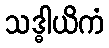
သဒ္ဓါယိကံ